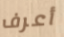
أعرف